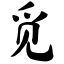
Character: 觅